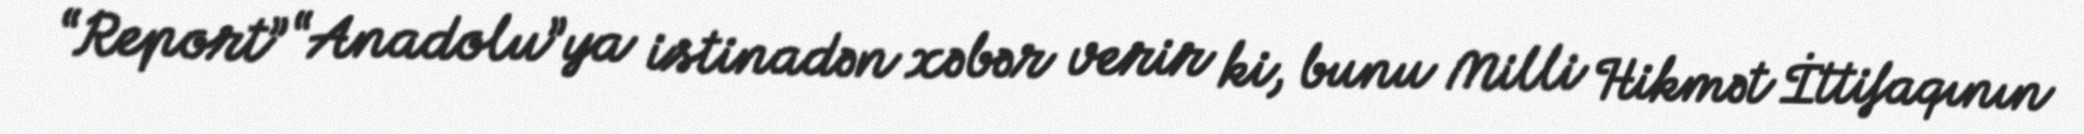
“Report” “Anadolu”ya istinadən xəbər verir ki, bunu Milli Hikmət İttifaqının